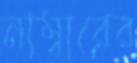
নাম্বারের